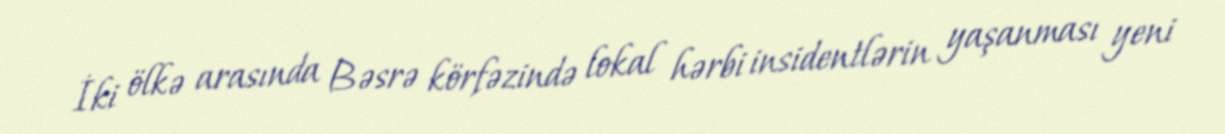
İki ölkə arasında Bəsrə körfəzində lokal hərbi insidentlərin yaşanması yeni